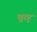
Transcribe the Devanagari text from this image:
घुरहू